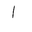
Letter: _alif